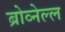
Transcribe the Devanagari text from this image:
ब्रोव्नेल्ल